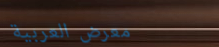
معرض العربية